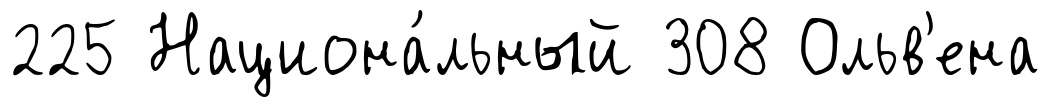
225 Национа́льный 308 Ольв'ена